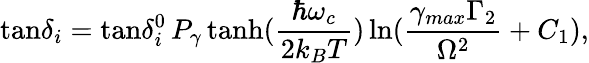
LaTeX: \mathrm{tan}\delta_{i}=\mathrm{tan}\delta_{i}^{0}\, P_{\gamma}\, \mathrm{tanh}(\frac{\hbar\omega_{c}}{2k_{B}T})\, \mathrm{ln}(\frac{\gamma_{max}\Gamma_{2}}{\Omega^{2}}+C_{1}),